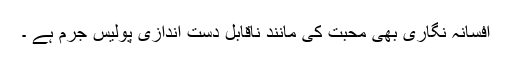
افسانہ نگاری بھی محبت کی مانند ناقابل دست اندازی پولیس جرم ہے ۔